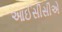
આઈસીસીએ